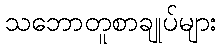
သဘောတူစာချုပ်များ